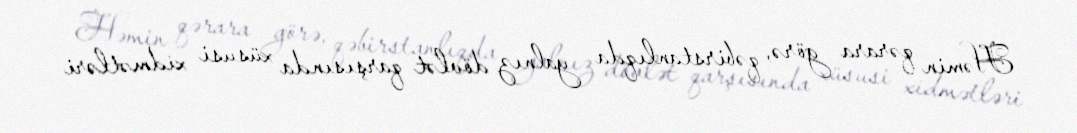
Həmin qərara görə, qəbirstanlıqda yalnız dövlət qarşısında xüsusi xidmətləri